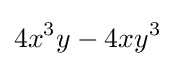
4x^{3}y-4xy^{3}